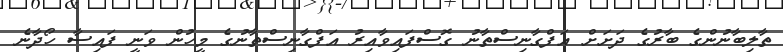
ތާލިބާނުންގެ ބާރުގެ ދަށަށް އަފްގާނިސްތާނު ގޮސްފައިވާއިރު އަފްގާނިސްތާނުގެ މީހުން ވަނީ ފައިސާ ހޯދާނެ